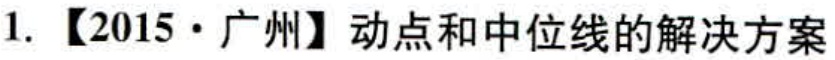
1. 【2015·广州】动点和中位线的解决方案